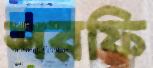
শরফি